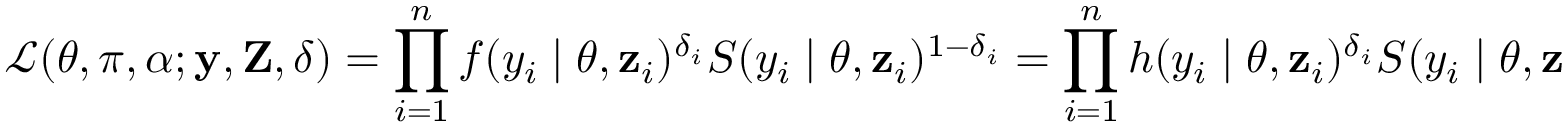
\mathcal { L } ( \boldsymbol { \theta } , \pi , \alpha ; \mathbf { y } , \mathbf { Z } , \boldsymbol { \delta } ) = \prod _ { i = 1 } ^ { n } f ( y _ { i } \mid \boldsymbol { \theta } , \mathbf { z } _ { i } ) ^ { \delta _ { i } } S ( y _ { i } \mid \boldsymbol { \theta } , \mathbf { z } _ { i } ) ^ { 1 - \delta _ { i } } = \prod _ { i = 1 } ^ { n } h ( y _ { i } \mid \boldsymbol { \theta } , \mathbf { z } _ { i } ) ^ { \delta _ { i } } S ( y _ { i } \mid \boldsymbol { \theta } , \mathbf { z } _ { i } ) ,